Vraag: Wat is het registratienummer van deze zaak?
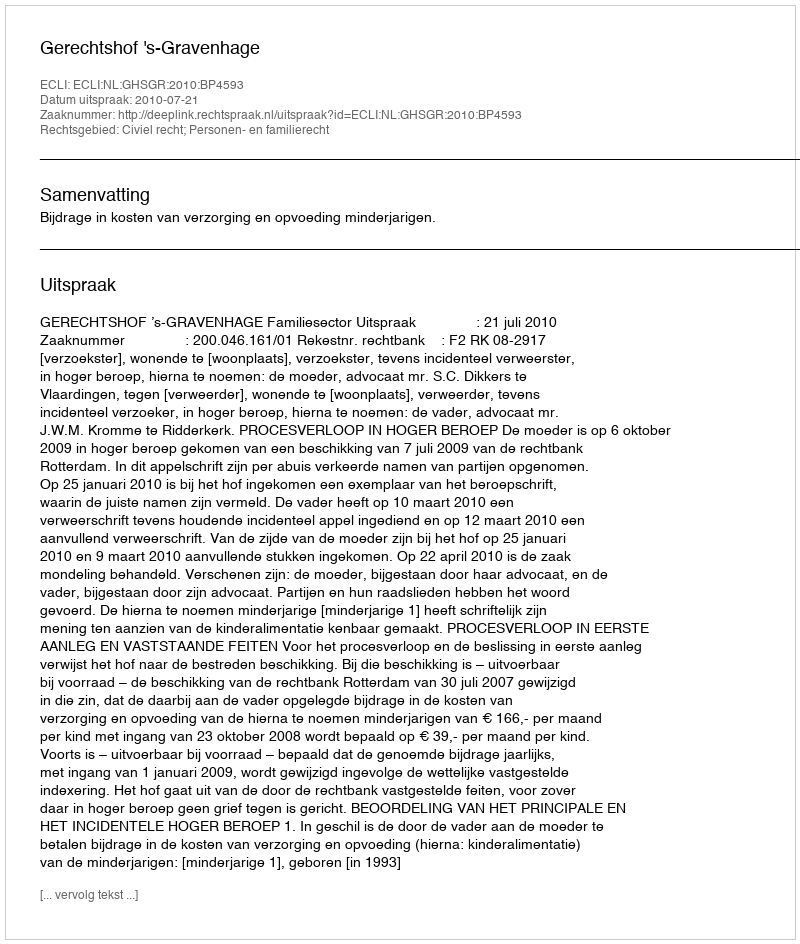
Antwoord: http://deeplink.rechtspraak.nl/uitspraak?id=ECLI:NL:GHSGR:2010:BP4593